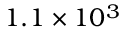
1 . 1 \times 1 0 ^ { 3 }